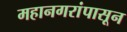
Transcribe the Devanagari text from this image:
महानगरांपासून